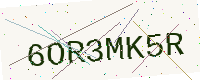
Text: 6OR3MK5R